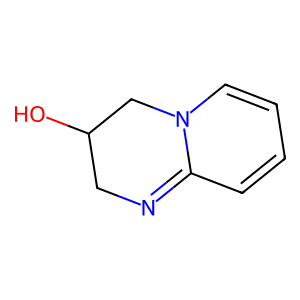
SMILES: OC1CN=C2C=CC=CN2C1
Inhibits HIV replication: No